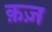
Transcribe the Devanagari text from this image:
क़ज़